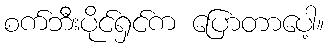
စက်ဘီးပိုင်ရှင်က ပြောတာပေါ့။